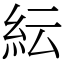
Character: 紜